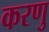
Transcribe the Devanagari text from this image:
करणु